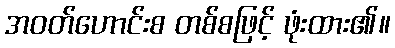
အဝတ်ဟောင်းစ တစ်စဖြင့် ဖုံးထား၏။